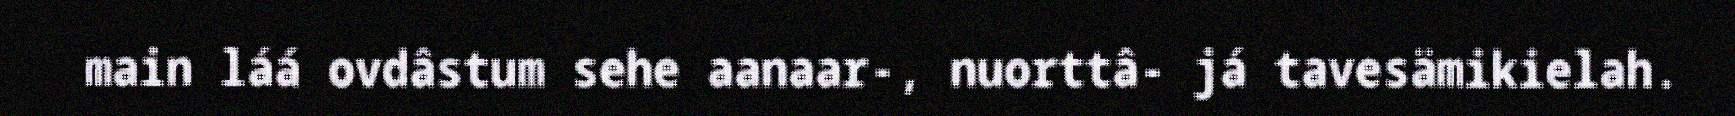
main láá ovdâstum sehe aanaar-, nuorttâ- já tavesämikielah.